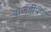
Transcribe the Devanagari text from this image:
वाजवीपणा